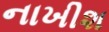
નાખીશ